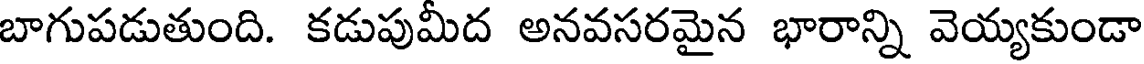
బాగుపడుతుంది. కడుపుమీద అనవసరమైన భారాన్ని వెయ్యకుండా